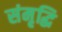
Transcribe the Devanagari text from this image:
संमृृद्धि